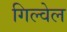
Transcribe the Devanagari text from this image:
गिल्वेल